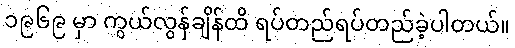
၁၉၆၉ မှာ ကွယ်လွန်ချိန်ထိ ရပ်တည်ရပ်တည်ခဲ့ပါတယ်။